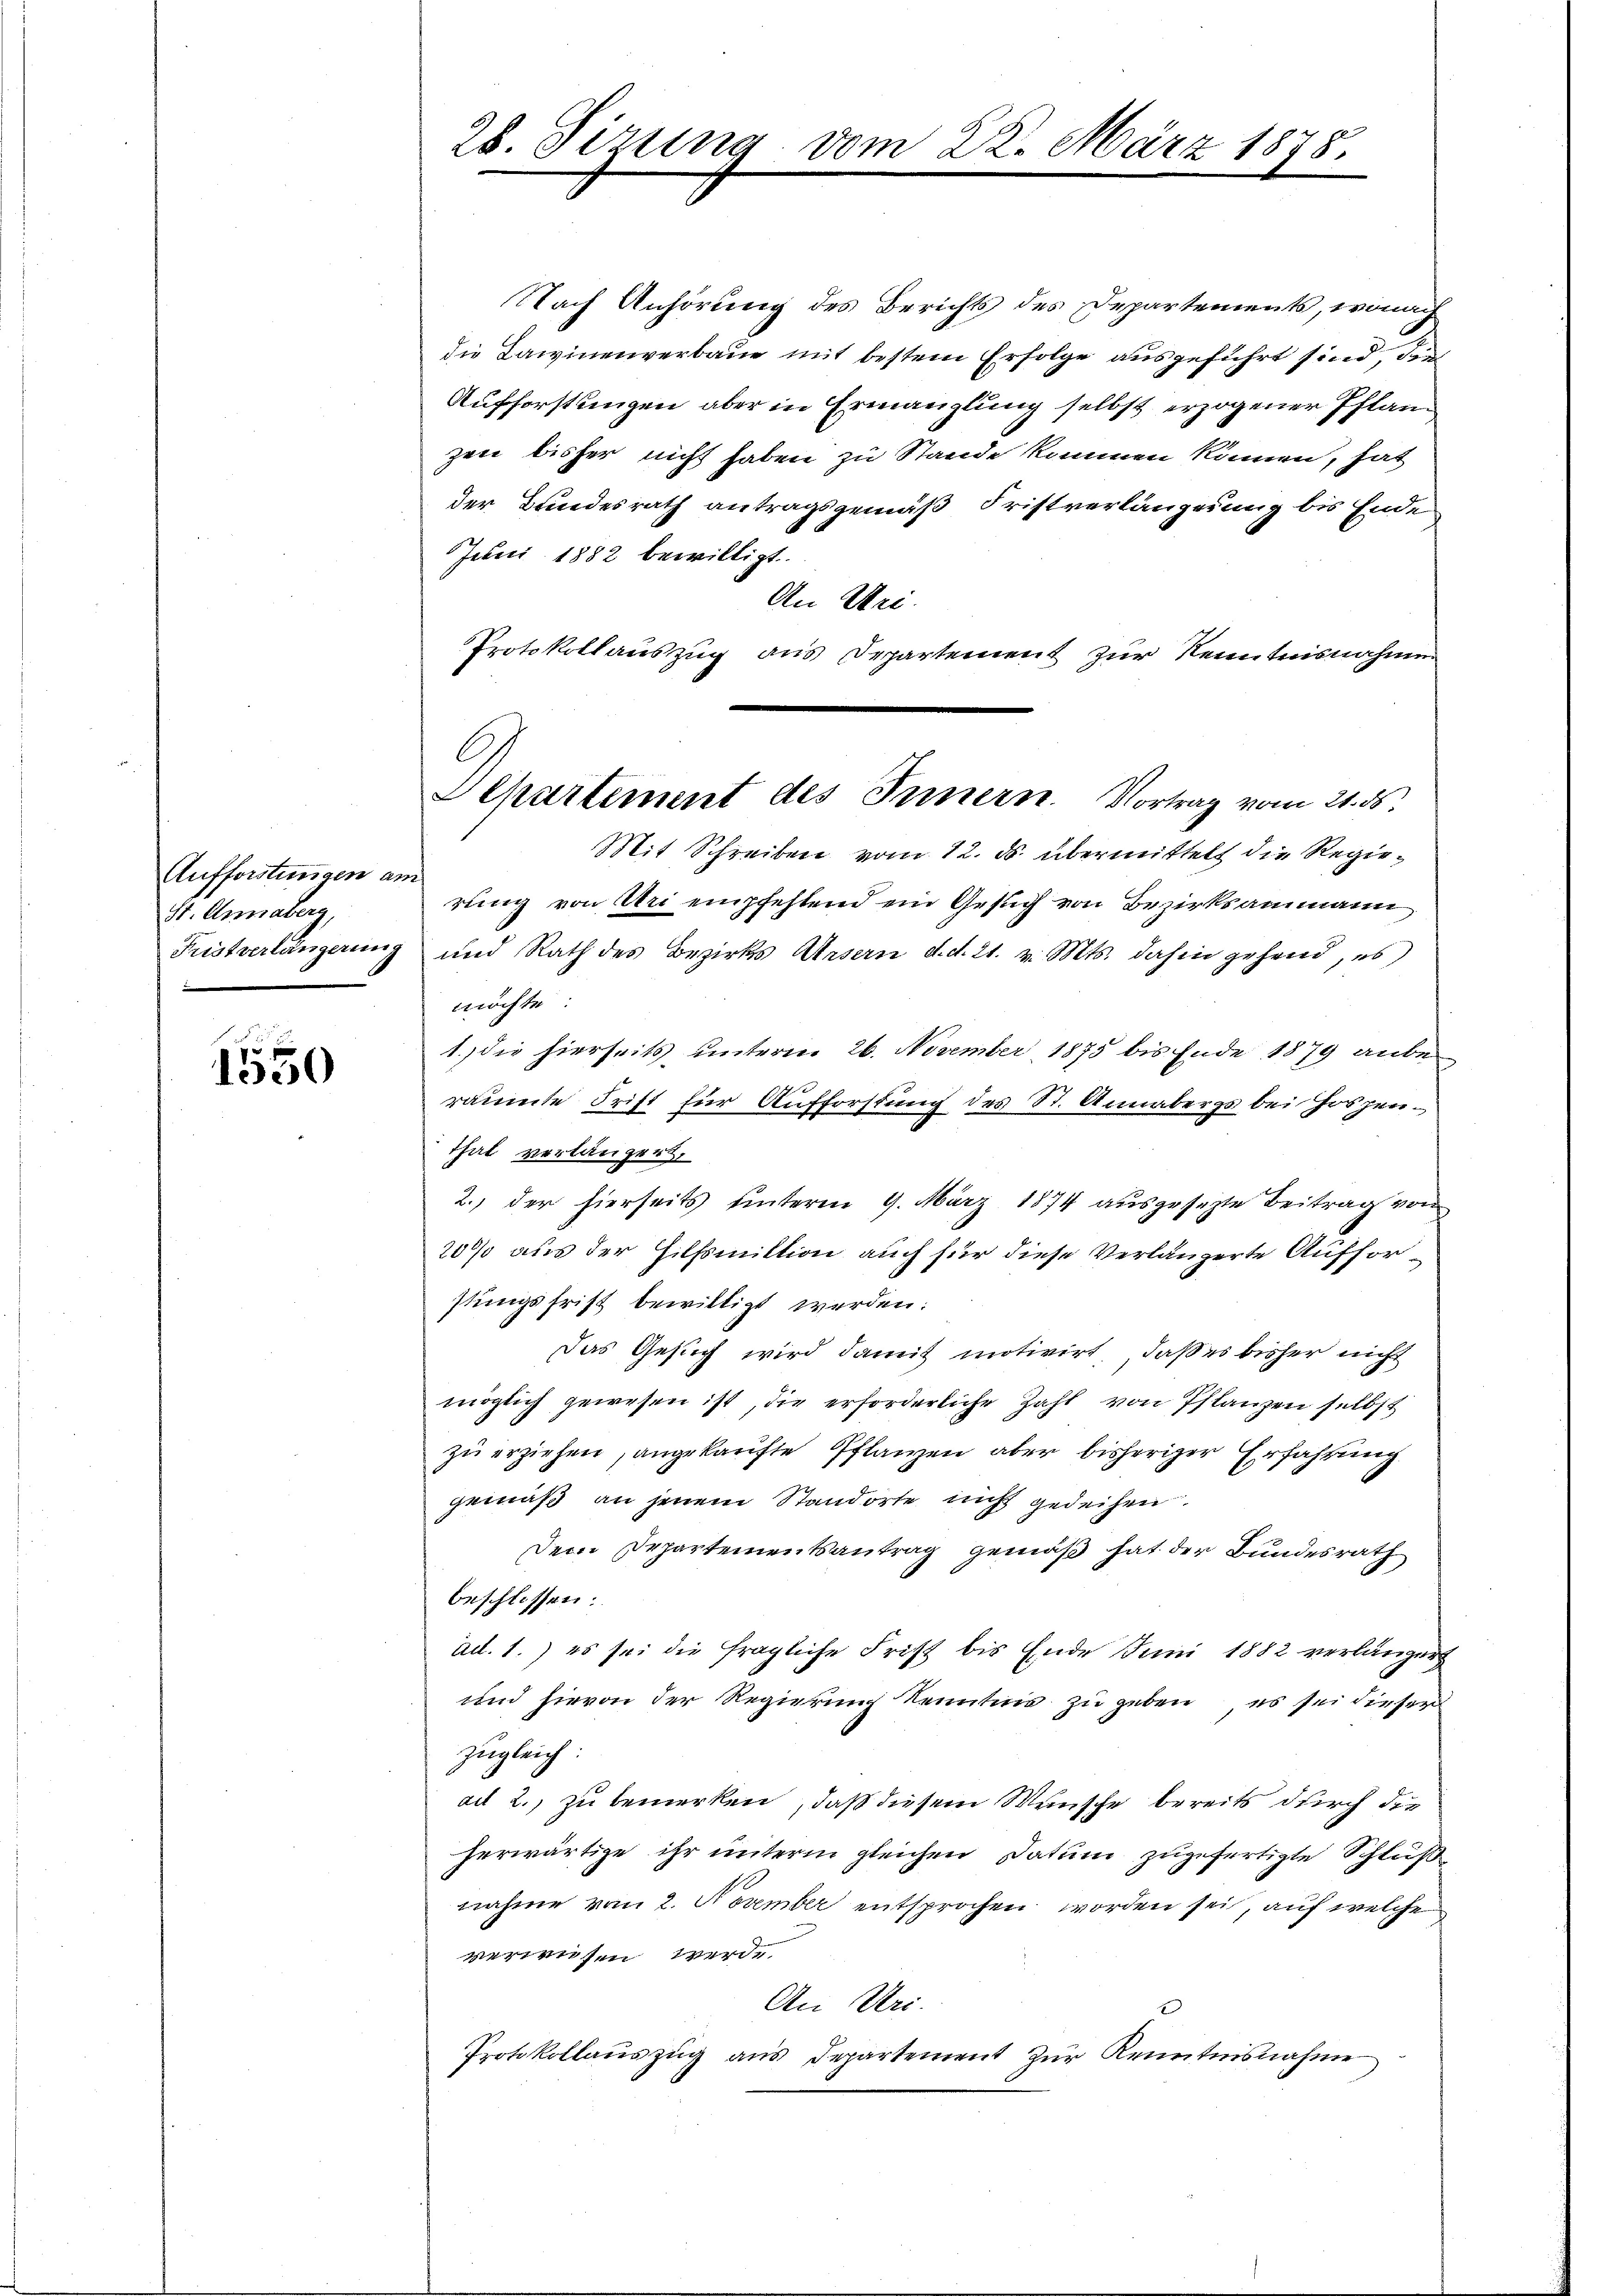
Aufforstungen an.
St. Annaberg,
Fristverlängerung

1550

28. Sizung vom 22. März 1878.

Nach Anhörung des Berichts des Departements, wonach
die Lawinenverbaue mit bestem Erfolge ausgeführt sind, den
Aufforstungen aber in Ermanglung selbst erzogener Pflan
zen bisher nicht haben zu Stande kommen können, hat
der Bundesrath antragsgemäß Fristverlängerung bis Ende
Juni 1882 bewilligt.
An Uri.
Protokollauszug aus Departement zur Kenntnisnahme
Mit Schreiben vom 12. ds. übermittelt die Regierung von Uri empfehlend ein Gesuch von Bezirksammann
und Rath des Bezirks Ursern d. d. 21. v. Mts. dahin gehend, es
möchte:
1. die hierseits unterm 26. November 1875 bis Ende 1879 anbe¬
4x
räumte Frist für Aufforstung des St. Annabergs bei Hospen¬
That verlängert,
2.) der hierseits unterm 9. März 1874 ausgesezte Beitrag von
200 aus der Hilfsmittion auch für diese Verlängerte Aufforstungsfrist bewilligt werden:
Das Gesuch wird damit motivirt, daß es bisher nicht
möglich gewesen ist, die erforderliche Zahl von Pflanzen selbst
zu erziehen, angekaufte Pflanzen aber bisheriger Erfahrung
gemäß an jenem Standorte nicht gedeihen.
Dem Departementsantrag gemäß hat der Bundesrath
beschlossen:
ad. 1.) es sei die fragliche Frist bis Ende Juni 1882 verlänger
und hievon der Regierung Kenntnis zu geben es sei dieser
zugleich
ad 2., zu bemerken, daß diesem Wunsche bereits durch die
herwärtige ihr unterm gleichen Datum zugefertigte Schluß
nahme vom 2. November entsprochen worden sei, auf welche
verwisen werde
An Uri.
Protokollauszug aus Departement zur Kenntnisnahme

A
Aepartement des Innern. Vortrag vom 21. ds.